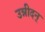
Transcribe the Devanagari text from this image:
उन्नीदन्